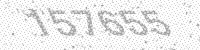
Solution: 157655